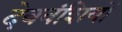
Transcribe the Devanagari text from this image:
देववंशियों